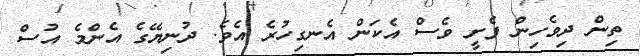
ތިން ދިވެހިން ފެށީ ވެސް އެކަން އެނގިހުރެ އެވެ. ދުނިޔޭގެ އެންމެ އުސް